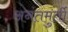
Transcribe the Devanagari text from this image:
अनंतमुर्ती